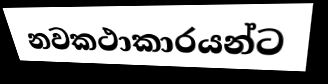
නවකථාකාරයන්ට